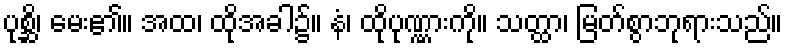
ပုစ္ဆိ၊ မေး၏။ အထ၊ ထိုအခါ၌။ နံ၊ ထိုပုဏ္ဏားကို။ သတ္ထာ၊ မြတ်စွာဘုရားသည်။